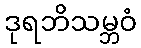
ဒုရဘိသမ္ဘဝံ